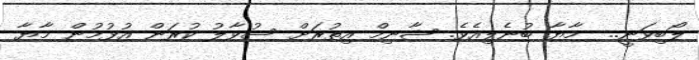
ލޯބިވަނީ..  މާޔާ ބުނެލިއެވެ. ޝާނިމް އިތުރަށް ސުވާލު ކުރަން އުޅުމުން މާޔާ